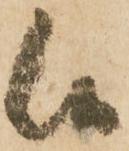
候